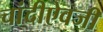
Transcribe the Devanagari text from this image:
चांदीऐवजी